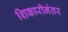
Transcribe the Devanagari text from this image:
शिकारीनंतर